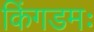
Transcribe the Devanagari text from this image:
किंगडमः